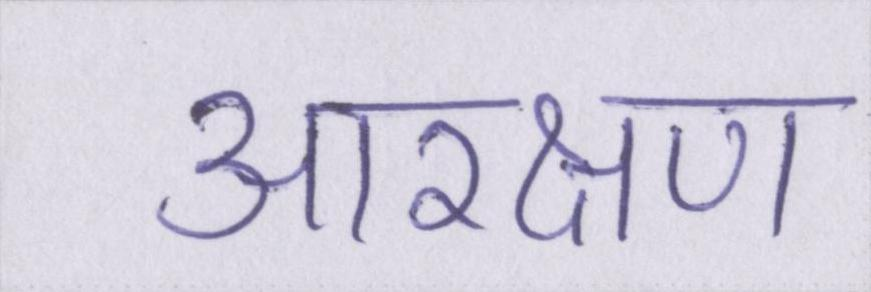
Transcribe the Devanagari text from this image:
आरक्षण